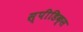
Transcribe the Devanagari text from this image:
स्पीडिक्स